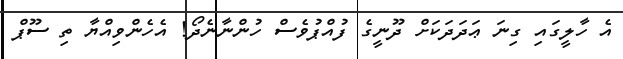
އެ ހާލީގައި ގިނަ ޢަދަދަކަށް ދޫނީގެ ފުއްޕުވެސް ހުންނާނެދޯ! އެހެންވިއްޔާ ތި ސޫޕް